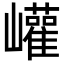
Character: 巏